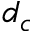
d _ { c }